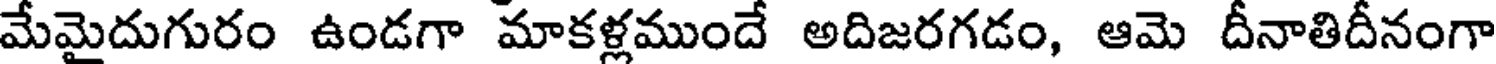
మేమైదుగురం ఉండగా మాకళ్లముందే అదిజరగడం, ఆమె దీనాతిదీనంగా